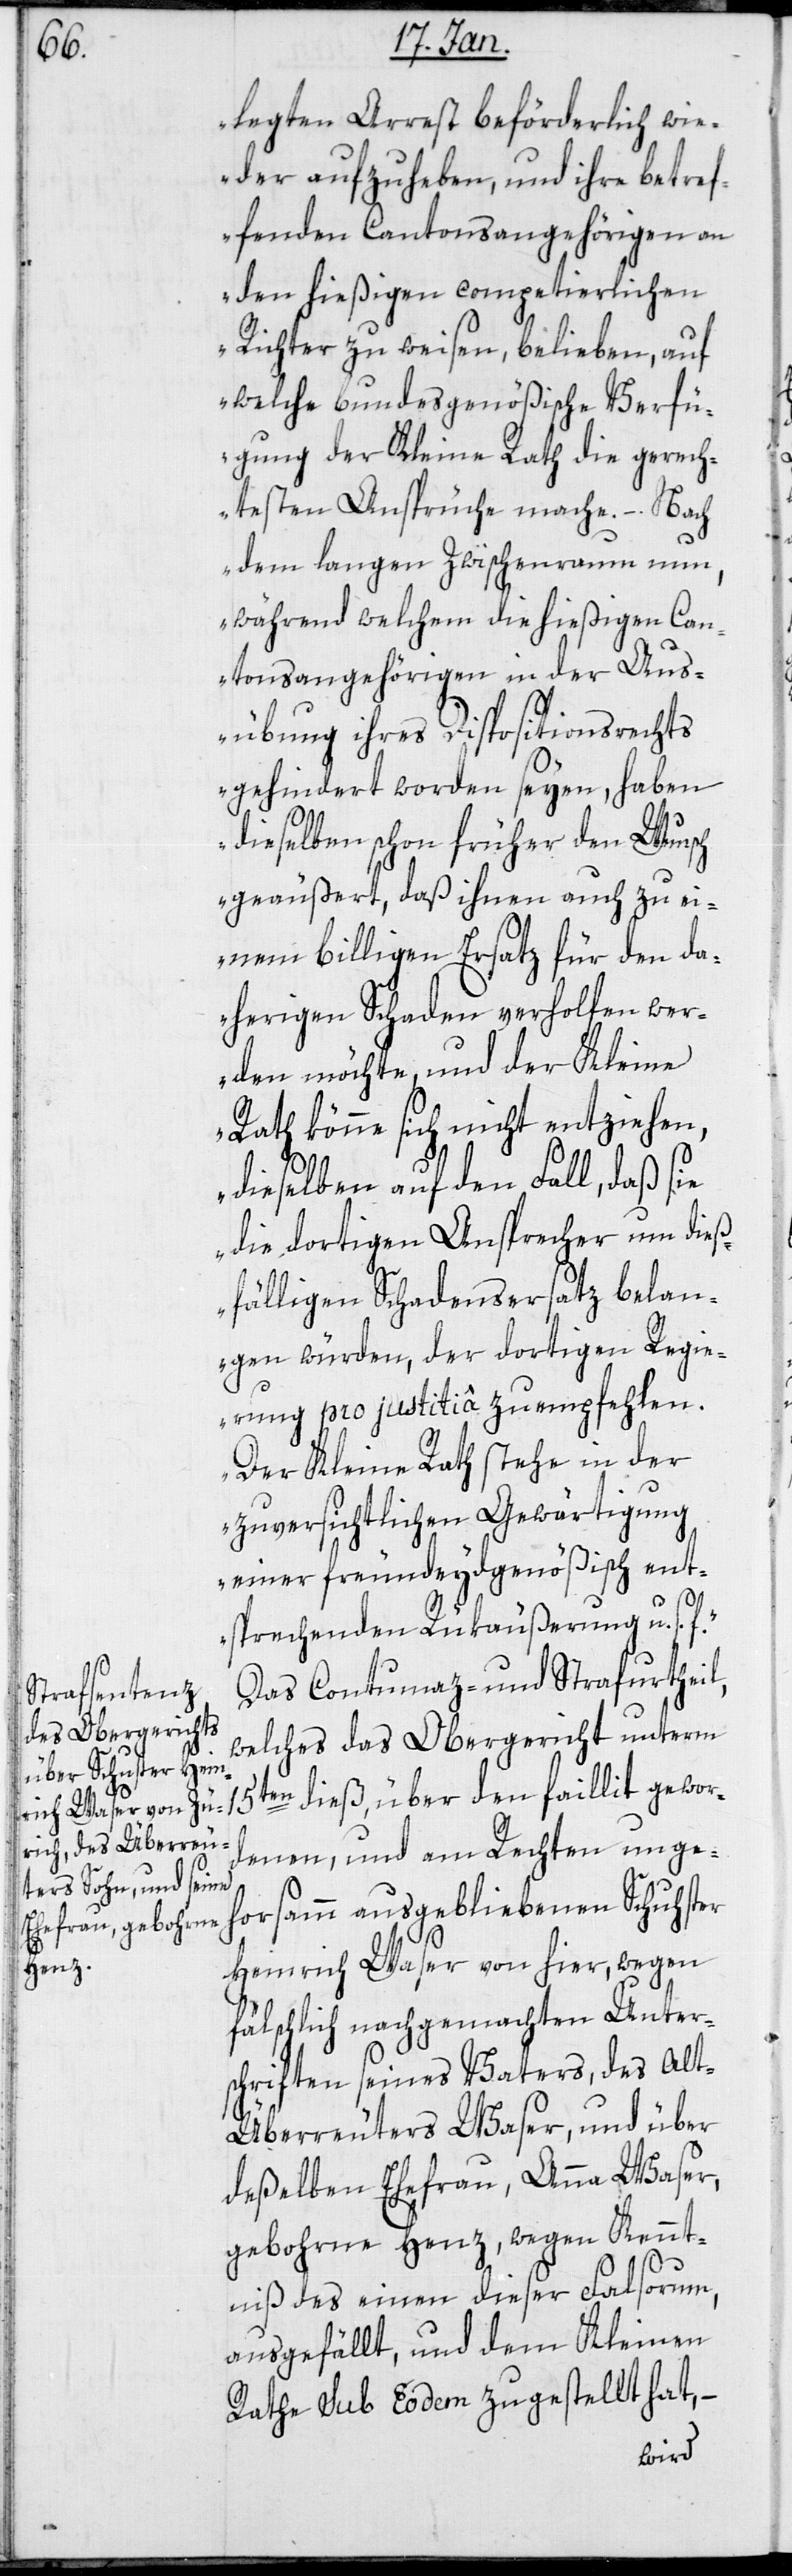
legten Arrest beförderlich wi¬
eder aufzuheben, und ihre betref¬
fenden Cantonsangehörigen an
den hießigen competierlichen
Richter zu weisen, belieben, auf
ügung der Kleine Rath die gerech¬
testen Ansprüche mache. – Nach
dem langen Zwischenraum nun,
während welchem die hießigen Can¬
tonsangehörigen in der Aus¬
übung ihres Dispositionsrechts
gehindert worden seyen, haben
gewor¬
dieselben schon früher den Wunsch
geäußert, daß ihnen auch zu ei¬
nem billigen Ersatz für den da¬
herigen Schaden verholfen wer¬
den möchte, und der Kleine
Rath könne sich nicht entziehen,
dieselben auf den Fall, daß sie
die dortigen Ansprecher um dieß¬
fälligen Schadensersatz belan¬
gen würden, der dortigen Regie¬
rung pro justitia zu empfehlen.
Der Kleine Rath stehe in der
zuversichtlichen Gewärtigung
einer freundeydsgenößisch ent¬
sprechenden Rükäußerung u. s.
Das Contumaz- und Strafurtheil,
welches das Obergericht unterm
denen, und am Rechten unge¬
horsamm ausgebliebenen Schuhster
Heinrich Waser von hier, wegen
fälschlich nachgemachten Unter¬
schriften seines Vaters, des Al¬
t-Überreuters Waser, und über
deßelben Ehefrau, Anna Waser,
gebohrne Henz, wegen Kennt¬
niß des einen dieser Falsorum,
ausgefällt, und dem Kleinen
Rathe sub Eodem zugestellt hat, –